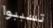
تسببوا